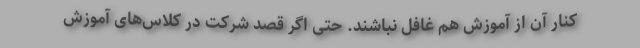
کنار آن از آموزش هم غافل نباشند. حتی اگر قصد شرکت در کلاس‌های آموزش